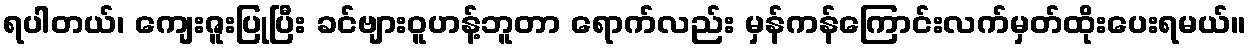
ရပါတယ်၊ ကျေးဇူးပြုပြီး ခင်ဗျားဝူဟန့်ဘူတာ ရောက်လည်း မှန်ကန်ကြောင်းလက်မှတ်ထိုးပေးရမယ်။